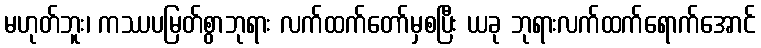
မဟုတ်ဘူး၊ ကဿပမြတ်စွာဘုရား လက်ထက်တော်မှစပြီး ယခု ဘုရားလက်ထက်ရောက်အောင်